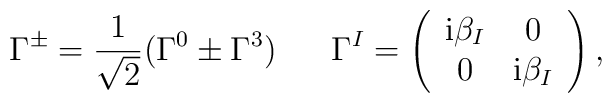
\Gamma^{\pm} = \frac{1}{\sqrt{2}}(\Gamma^0 \pm \Gamma^3) \hspace{7mm}\Gamma^I=\left(\begin{array}{cc}{\rm i} \beta_I & 0 \\0 & {\rm i} \beta_I \end{array}\right),